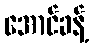
အောင်ခန့်